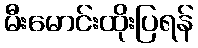
မီးမောင်းထိုးပြရန်